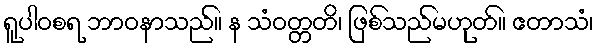
ရူပါဝစရ ဘာဝနာသည်။ န သံဝတ္တတိ၊ ဖြစ်သည်မဟုတ်။ ဧတာသံ၊